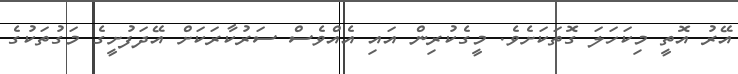
އޭރު އޮތީ މިކަހަލަ ގޮތަކަށެވެ. މީގެކުރިން އައި އެއްވެސް ސަރުކާރަކަށް އޭދަފުށީގެ މަގުތަކުގެ